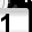
Digit: 1